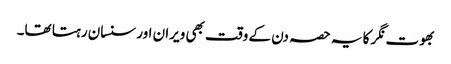
بھوت نگر کا یہ حصہ دن کے وقت بھی ویران اور سنسان رہتا تھا۔